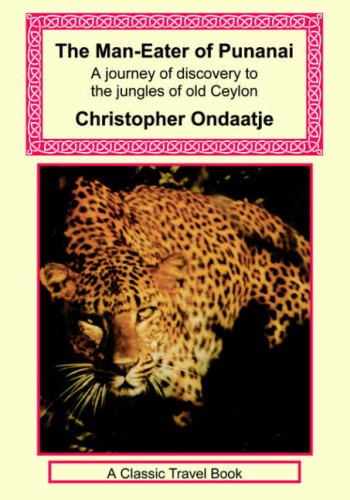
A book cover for The Man-Eater of Punanai - A Journey of Discovery to the Jungles of Old Ceylon; Christopher Ondaatje; Travel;